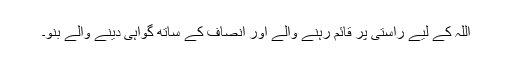
اللہ کے لیے راستی پر قائم رہنے والے اور انصاف کے ساتھ گواہی دینے والے بنو۔